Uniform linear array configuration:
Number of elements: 8
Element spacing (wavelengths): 1
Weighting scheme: blackman
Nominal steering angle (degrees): -15
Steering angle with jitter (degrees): -13.496
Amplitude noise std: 0.05
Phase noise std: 0.05

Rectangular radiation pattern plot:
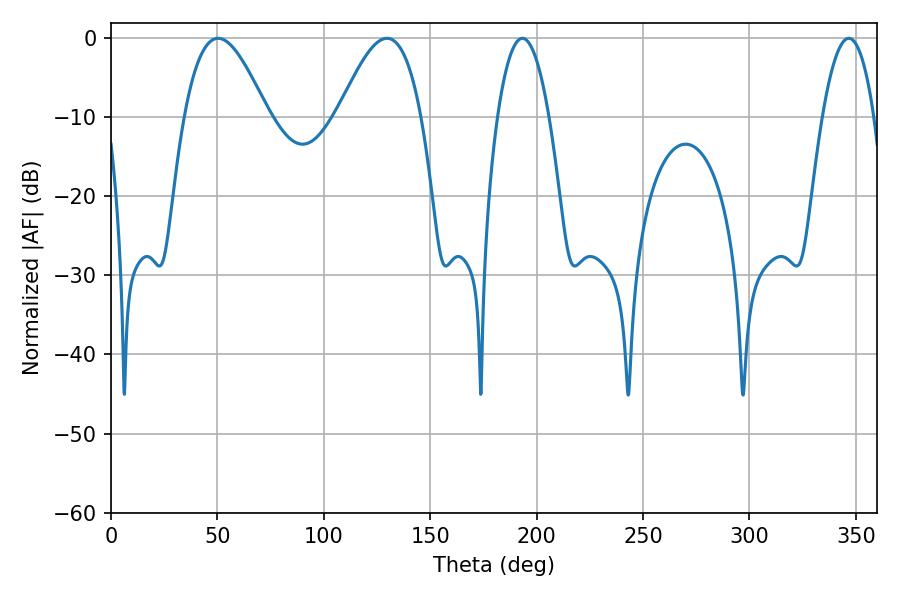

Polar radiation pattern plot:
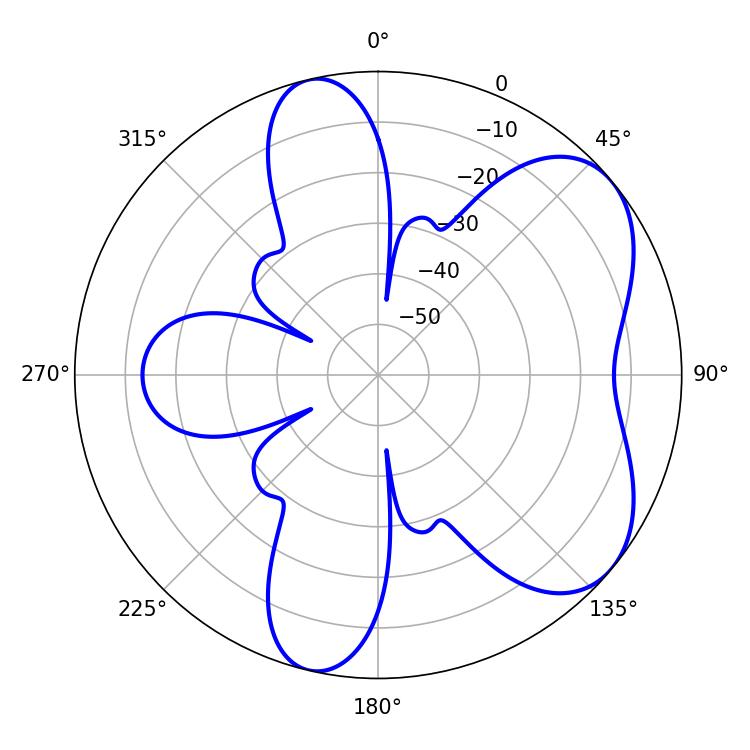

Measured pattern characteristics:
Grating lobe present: TRUE
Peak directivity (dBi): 5.872
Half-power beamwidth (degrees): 13.5
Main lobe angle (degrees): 193.32